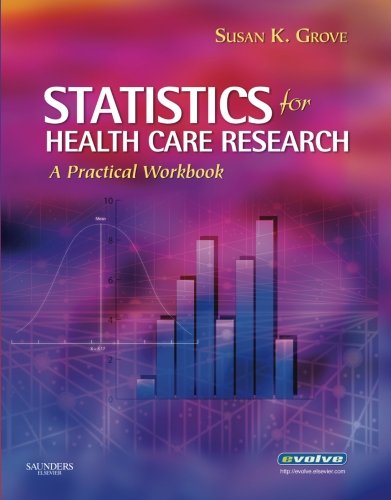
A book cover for Statistics for Health Care Research: A Practical Workbook; Susan K. Grove; Medical Books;